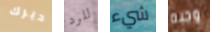
ديرك للرد شيء وجبه